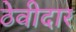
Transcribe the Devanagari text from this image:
ठेवीदार